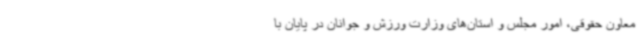
معاون حقوقی، امور مجلس و استان‌های وزارت ورزش و جوانان در پایان با